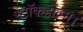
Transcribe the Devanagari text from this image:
स्टॉकहोल्म।